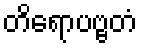
တိရောပဗ္ဗတံ